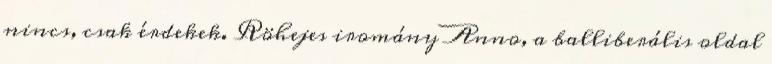
nincs, csak érdekek. Röhejes iromány Anno, a balliberális oldal